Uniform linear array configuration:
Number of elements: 8
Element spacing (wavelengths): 0.75
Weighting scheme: uniform
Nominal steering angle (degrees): -45
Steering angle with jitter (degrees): -46.702
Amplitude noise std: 0.05
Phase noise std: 0.05

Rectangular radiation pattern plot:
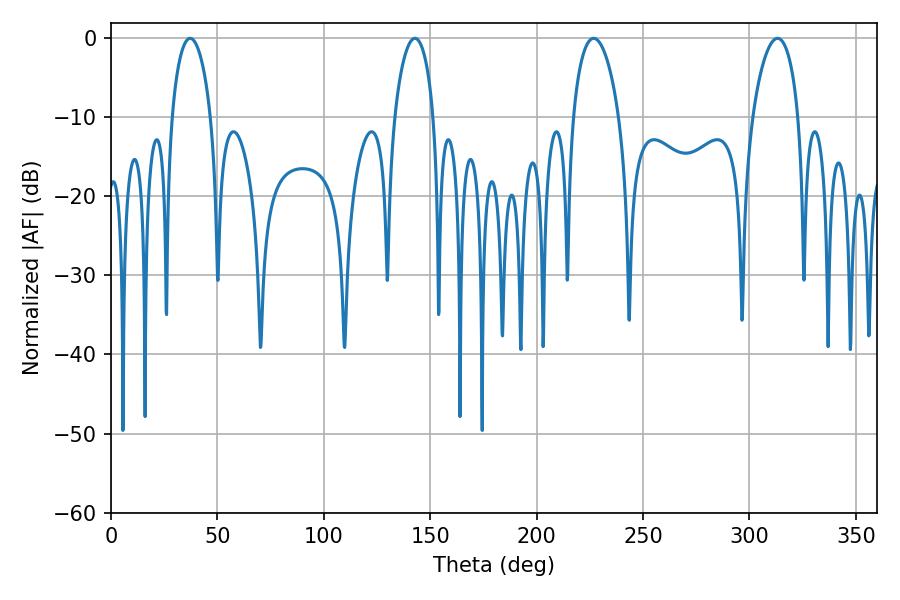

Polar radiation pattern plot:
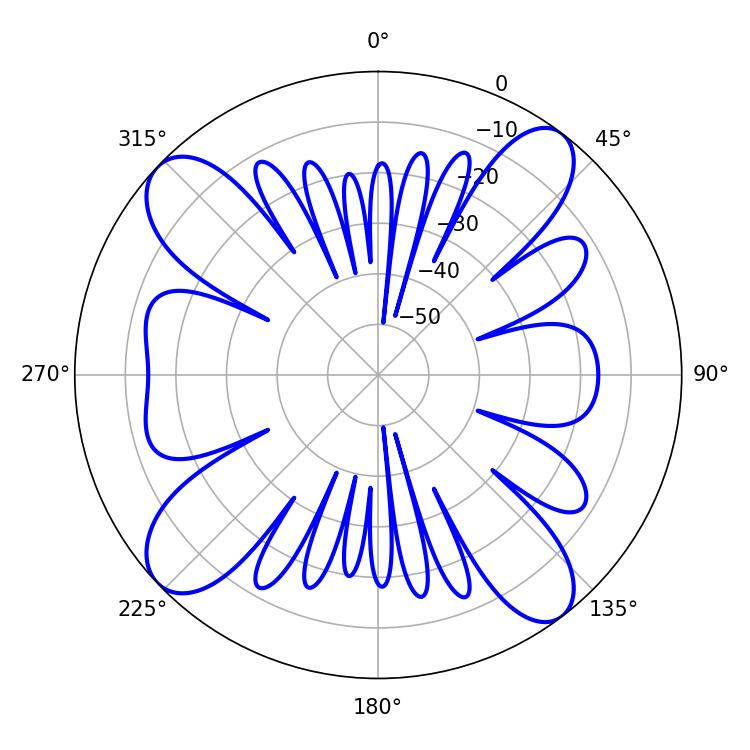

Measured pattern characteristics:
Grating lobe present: TRUE
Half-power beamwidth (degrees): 12.24
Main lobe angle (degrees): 226.8